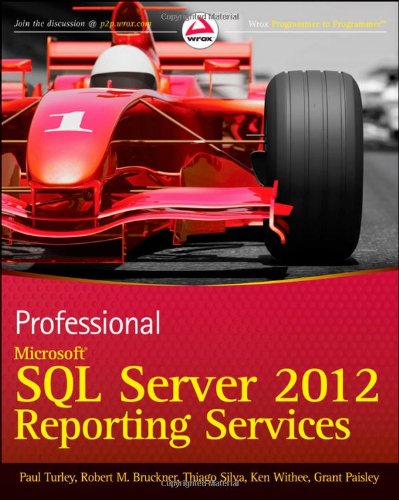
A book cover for Professional Microsoft SQL Server 2012 Reporting Services; Paul Turley; Computers & Technology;